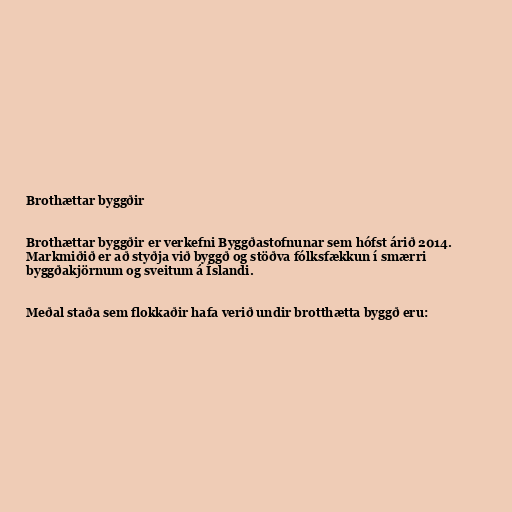
Brothættar byggðir

Brothættar byggðir er verkefni Byggðastofnunar sem hófst árið 2014.
Markmiðið er að styðja við byggð og stöðva fólksfækkun í smærri
byggðakjörnum og sveitum á Íslandi.

Meðal staða sem flokkaðir hafa verið undir brotthætta byggð eru: